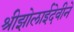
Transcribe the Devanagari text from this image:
श्रीझोलाईदेवीने